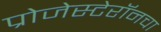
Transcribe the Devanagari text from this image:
प्रोजेस्टेरॉनचा